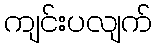
ကျင်းပလျက်